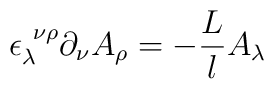
\epsilon_\lambda^{~\nu\rho} \partial_\nu A_\rho = -\frac{L}l A_\lambda